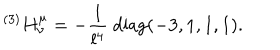
LaTeX: { } ^ { ( 3 ) } H _ { \nu } ^ { \mu } = - { \frac { 1 } { l ^ { 4 } } } \mathrm { ~ d i a g } ( - 3 , 1 , 1 , 1 ) .